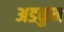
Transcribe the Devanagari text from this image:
अडकुन